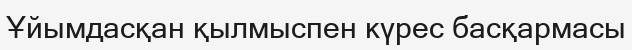
Ұйымдасқан қылмыспен күрес басқармасы